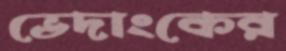
ভেদাংকের